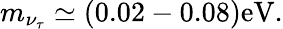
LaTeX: m_{\nu_{\tau}}\simeq(0.02-0.08)\mathrm{eV}.